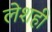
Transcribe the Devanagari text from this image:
लेशही